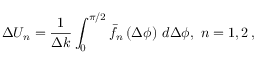
\Delta U _ { n } = \frac { 1 } { \Delta k } \int _ { 0 } ^ { \pi / 2 } { \bar { f } } _ { n } \left( \Delta \phi \right) \, d \Delta \phi , \, \, n = 1 , 2 \, ,